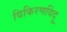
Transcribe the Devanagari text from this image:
विकिरणविंदु